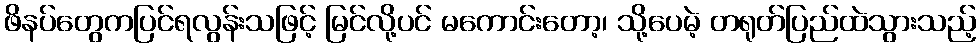
ဖိနပ်တွေကပြင်ရလွန်းသဖြင့် မြင်လို့ပင် မကောင်းတော့၊ သို့ပေမဲ့ တရုတ်ပြည်ထဲသွားသည့်